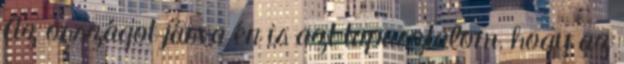
Az országot járva én is azt tapasztalom, hogy az